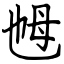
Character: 乸